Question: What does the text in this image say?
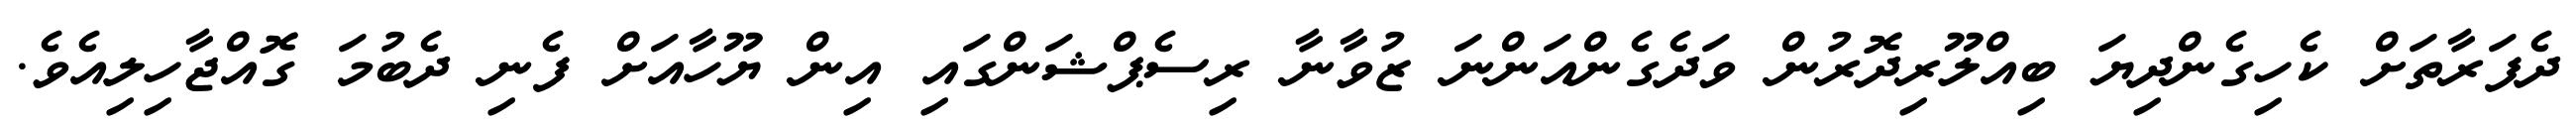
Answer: ދެފަރާތަށް ކެހިގެންދިޔަ ބިއްލޫރިދޮރުން ވަދެގެންއަންނަ ޒުވާނާ ރިސެޕްޝަންގައި އިން ޔޫހާއަށް ފެނި ދެބުމަ ގޮއްޖާހިލިއެވެ.